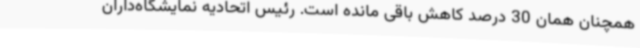
همچنان همان 30 درصد کاهش باقی مانده است. رئیس اتحادیه نمایشگاه‌داران